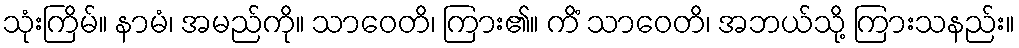
သုံးကြိမ်။ နာမံ၊ အမည်ကို။ သာဝေတိ၊ ကြား၏။ ကိံ သာဝေတိ၊ အဘယ်သို့ ကြားသနည်း။